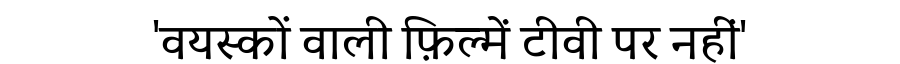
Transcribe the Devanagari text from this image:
'वयस्कों वाली फ़िल्में टीवी पर नहीं'